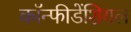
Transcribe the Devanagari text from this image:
कॉन्फीडेंशियल